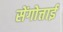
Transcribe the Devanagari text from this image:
सेंगोत्ताई